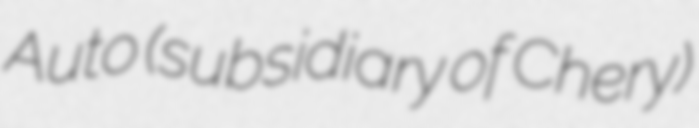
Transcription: Auto (subsidiary of Chery)